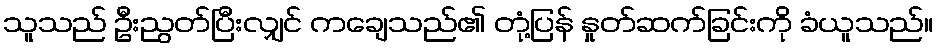
သူသည် ဦးညွတ်ပြီးလျှင် ကချေသည်၏ တုံ့ပြန် နှုတ်ဆက်ခြင်းကို ခံယူသည်။